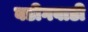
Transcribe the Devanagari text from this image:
बडीगवाडी